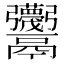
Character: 𱆕